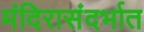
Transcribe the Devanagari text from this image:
मंदिरासंदर्भात